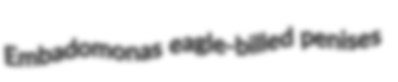
Embadomonas eagle-billed penises